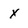
Character: x